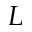
L